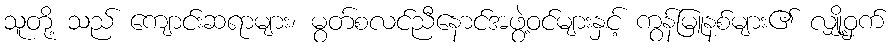
သူတို့ သည် ကျောင်းဆရာများ၊ မွတ်စလင်ညီနောင်အဖွဲ့ဝင်များနှင့် ကွန်မြူနစ်များ၏ လျှို့ဝှက်